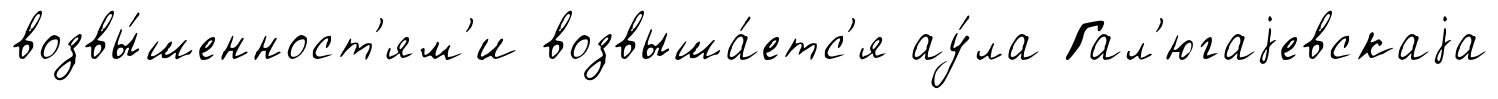
возвы́шенност'ям'и возвыша́етс'я ау́ла Гал'югаjевскаjа